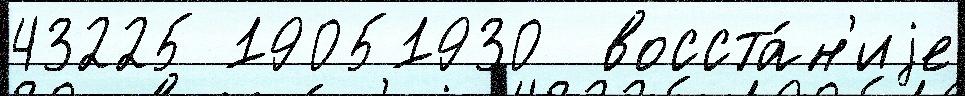
43225 19051930  восста́н'иjе